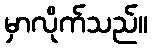
မှာလိုက်သည်။